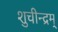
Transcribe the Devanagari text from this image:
शुचीन्द्रम्